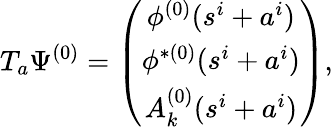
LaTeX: T_{a}\Psi^{(0)}=\left(\begin{array}{c}{{\phi^{(0)}(s^{i}+a^{i})}}\\ {{\phi^{\ast(0)}(s^{i}+a^{i})}}\\ {{A_{k}^{(0)}(s^{i}+a^{i})}}\end{array}\right),